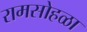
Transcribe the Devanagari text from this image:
रामसोहळा